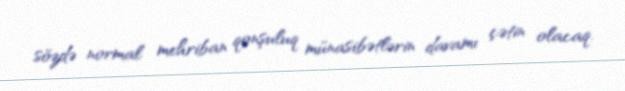
sözdə normal mehriban qonşuluq münasibətlərin davamı çətin olacaq.